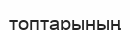
топтарының